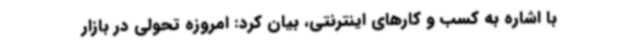
با اشاره به کسب و کارهای اینترنتی، بیان کرد: امروزه تحولی در بازار